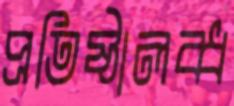
প্রতিষ্ঠালব্ধ